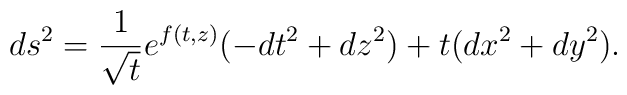
ds^2=\frac{1}{\sqrt{t}} e^{f(t,z)} (-dt^2+dz^2)+t(dx^2+dy^2) .